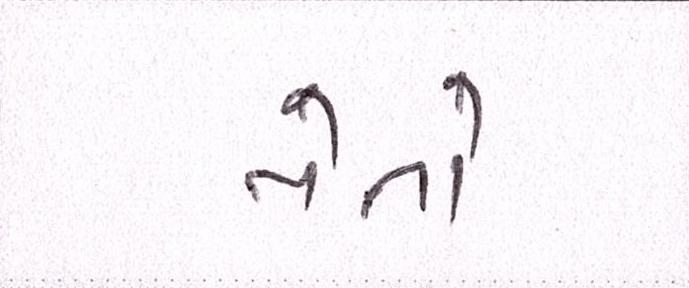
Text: તેનો